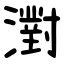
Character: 濧